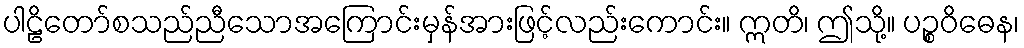
ပါဠိတော်စသည်ညီသောအကြောင်းမှန်အားဖြင့်လည်းကောင်း။ ဣတိ၊ ဤသို့။ ပဉ္စဝိဓေန၊